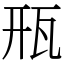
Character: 㼛